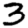
Digit: 3